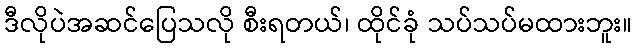
ဒီလိုပဲအဆင်ပြေသလို စီးရတယ်၊ ထိုင်ခုံ သပ်သပ်မထားဘူး။